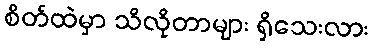
စိတ်ထဲမှာ သိလိုတာများ ရှိသေးလား